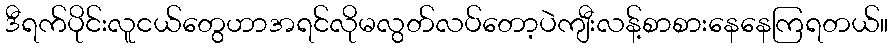
ဒီရက်ပိုင်းလူငယ်တွေဟာအရင်လိုမလွတ်လပ်တော့ပဲကျီးလန့်စာစားနေနေကြရတယ်။